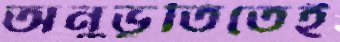
অনুভূতিতেই